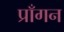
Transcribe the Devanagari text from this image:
प्राँगन